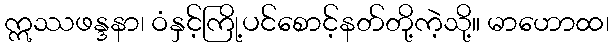
ဣဿဖန္ဒနာ၊ ဝံနှင့်ကြို့ပင်စောင့်နတ်တို့ကဲ့သို့။ မာဟောထ၊